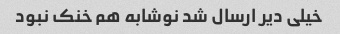
خیلی دیر ارسال شد نوشابه هم خنک نبود